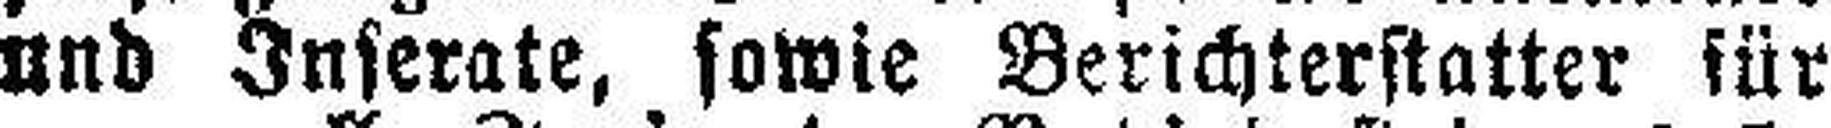
und Inserate, sowie Berichterstatter für